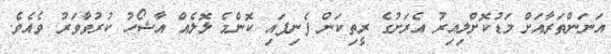
އަނަންތަރާއަށް މަޑުކޮށްލިއިރު އެރަށުގެ ރީތިކަން ފެނިފައި ކޮންމެ ލޮލެއް އާޝޯހު ކުރުވާވަރު ވެއެވެ.